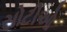
સોટીઓ